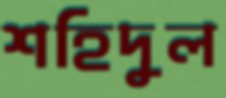
শহিদুল